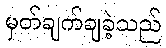
မှတ်ချက်ချခဲ့သည်